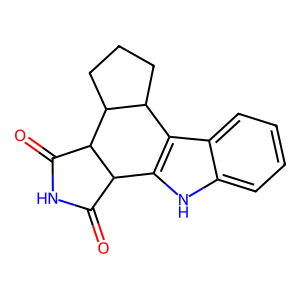
SMILES: O=C1NC(=O)C2C1c1[nH]c3ccccc3c1C1CCCC12
Inhibits HIV replication: No